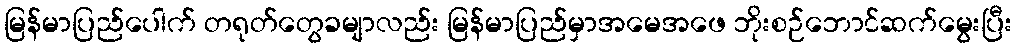
မြန်မာပြည်ပေါက် တရုတ်တွေခမျာလည်း မြန်မာပြည်မှာအမေအဖေ ဘိုးစဉ်ဘောင်ဆက်မွေးပြီး